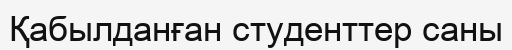
Қабылданған студенттер саны